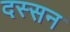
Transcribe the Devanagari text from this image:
दस्सन